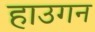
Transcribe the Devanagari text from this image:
हाउगन